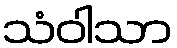
သံဝါသာ